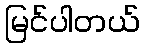
မြင်ပါတယ်